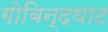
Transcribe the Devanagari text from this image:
गोबिन्दघाट